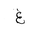
Letter: _gayn